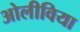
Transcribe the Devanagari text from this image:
ओलीविया